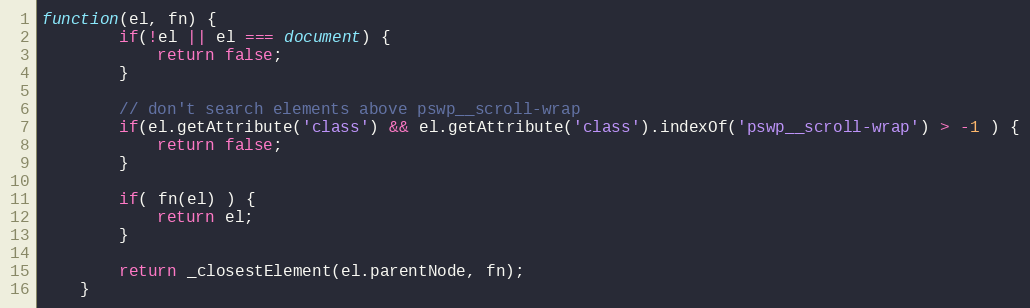
Language: JavaScript
function(el, fn) {
	  	if(!el || el === document) {
	  		return false;
	  	}

	  	// don't search elements above pswp__scroll-wrap
	  	if(el.getAttribute('class') && el.getAttribute('class').indexOf('pswp__scroll-wrap') > -1 ) {
	  		return false;
	  	}

	  	if( fn(el) ) {
	  		return el;
	  	}

	  	return _closestElement(el.parentNode, fn);
	}